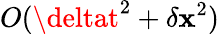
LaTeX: O(\deltat^{2}+\delta\mathbf{x}^{2})